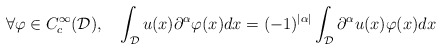
\begin{align*}\forall \varphi \in C_c^{\infty}(\mathcal{D}),\ \ \ \int_{\mathcal{D}}u(x)\partial^{\alpha}\varphi(x)dx = (-1)^{|\alpha|}\int_{\mathcal{D}}\partial^{\alpha}u(x)\varphi(x)dx\end{align*}